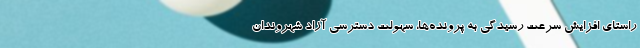
راستای افزایش سرعت رسیدگی به پرونده‌ها، سهولت دسترسی آزاد شهروندان